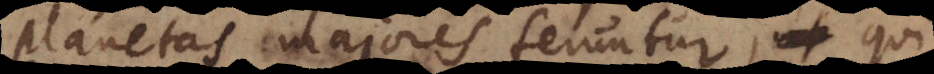
planetas majores feruntur, qui